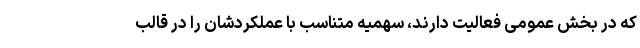
که در بخش عمومی فعالیت دارند، سهمیه متناسب با عملکردشان را در قالب